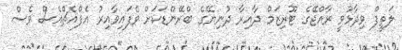
ލަތީފް ވިދާޅުވީ ރާއްޖޭގެ ޓޫރިޒަމް ދާއިރާ ދުނިޔޭގެ ބްރޭންޑަކަށް ވެފައިވާއިރު އެފްއެޗްއެސް ވެސް